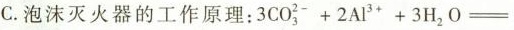
C.泡沫灭火器的工作原理：$$3 C O _ { 3 } ^ { 2 - } + 2 A l ^ { 3 + } + 3 H _ { 2 } O =